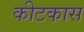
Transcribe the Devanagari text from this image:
कीटकास